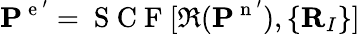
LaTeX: \mathbf{P}^{\mathrm{~e~}^{\prime}}=\mathrm{~S~C~F~}[\Re(\mathbf{P}^{\mathrm{~n~}^{\prime}}),\{ \mathbf{R}_{I}\} ]